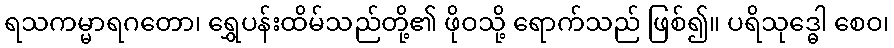
ရသကမ္မာရဂတော၊ ရွှေပန်းထိမ်သည်တို့၏ ဖိုဝသို့ ရောက်သည် ဖြစ်၍။ ပရိသုဒ္ဓေါ စေဝ၊